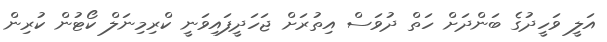
އަލީ ވަހީދުގެ ބަންދަށް ހަތް ދުވަސް އިތުރަށް ޖަހަދީފައިވަނީ ކްރިމިނަލް ކޯޓުން ކުރިން